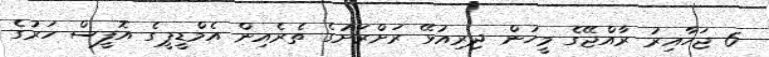
6 ޖަހާއިރު ރާއްޖޭގެ މީހުން ދިރިއުޅޭ ރަށްރަށުގެ ތެރެއިން އެމްޑީޕީގެ އޮފީސް ހަރުގެ